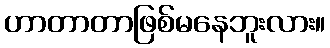
ဟာတာတာဖြစ်မနေဘူးလား။